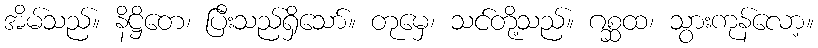
အိမ်သည်။ နိဋ္ဌိတေ၊ ပြီးသည်ရှိသော်။ တုမှေ၊ သင်တို့သည်။ ဂစ္ဆထ၊ သွားကုန်လော့။